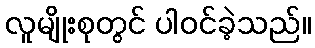
လူမျိုးစုတွင် ပါဝင်ခဲ့သည်။